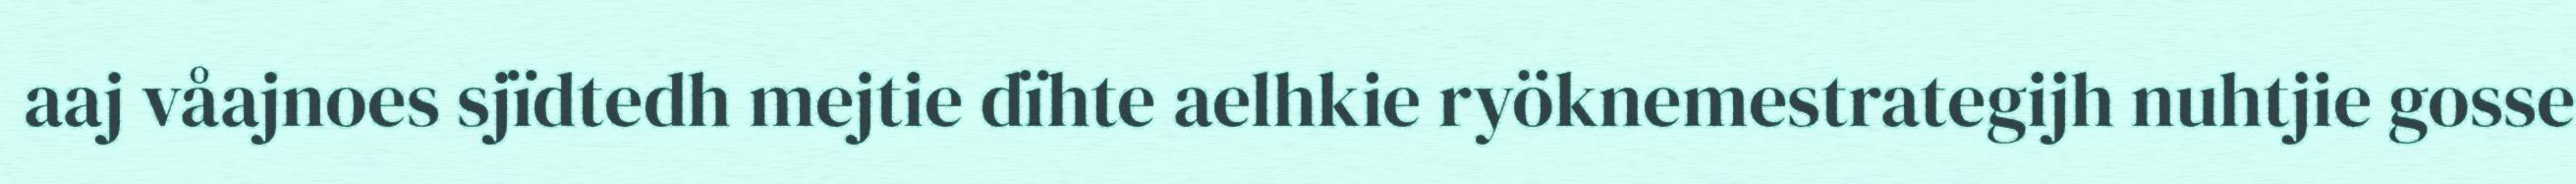
aaj våajnoes sjïdtedh mejtie dïhte aelhkie ryöknemestrategijh nuhtjie gosse